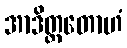
အာဒိတ္တတောဟံ